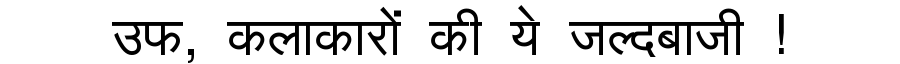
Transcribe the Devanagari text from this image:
उफ, कलाकारों की ये जल्दबाजी !